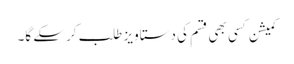
کمیشن کسی بھی قسم کی دستاویز طلب کرسکے گا۔